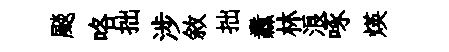
颷咯拙涉敘拙纛林浪啄煐